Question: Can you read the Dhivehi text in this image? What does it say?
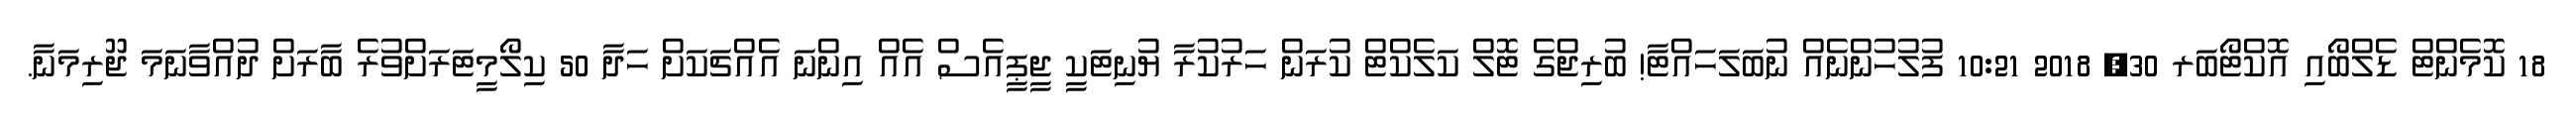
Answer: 18 ކޮމެންޓް ޑެލްބޯއި އޮކްޓޯބަރ 30, 2018 10:21 ފުލުހުންނެއް ނުބަލަހައްޓާ! ބުރިޖްގެ ޓޮލް ކަލެކްޓް ކުރަން ހަރުކުރާ ޔުނިޓަކީ ޖީޕީއެސް އެއް އިންނަ އެއްޗަކަށް ހަދާ 50 ކިލޯމީޓަރަށްވުރެ ބާރަށް ދުއްވާނަމަ ޖޫރިމަނާ.